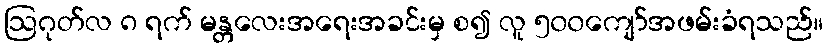
ဩဂုတ်လ ၈ ရက် မန္တလေးအရေးအခင်းမှ စ၍ လူ ၅၀၀ကျော်အဖမ်းခံရသည်။